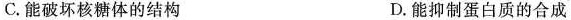
C. 能破坏核糖体的结构 D. 能抑制蛋白质的合成